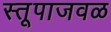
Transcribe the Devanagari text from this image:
स्तूपाजवळ